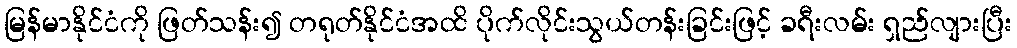
မြန်မာနိုင်ငံကို ဖြတ်သန်း၍ တရုတ်နိုင်ငံအထိ ပိုက်လိုင်းသွယ်တန်းခြင်းဖြင့် ခရီးလမ်း ရှည်လျားပြီး